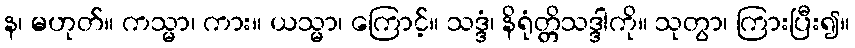
န၊ မဟုတ်။ ကသ္မာ၊ ကား။ ယသ္မာ၊ ကြောင့်။ သဒ္ဒံ၊ နိရုံတ္တိသဒ္ဒါကို။ သုတွာ၊ ကြားပြီး၍။